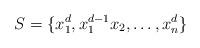
LaTeX: \begin{align*}S=\{x_1^d,x_1^{d-1}x_2,\dots,x_n^d\}\end{align*}